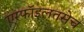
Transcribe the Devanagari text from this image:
एरफॉइलतसेच